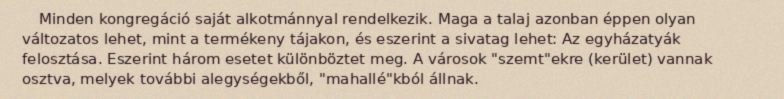
Minden kongregáció saját alkotmánnyal rendelkezik. Maga a talaj azonban éppen olyan változatos lehet, mint a termékeny tájakon, és eszerint a sivatag lehet: Az egyházatyák felosztása. Eszerint három esetet különböztet meg. A városok "szemt"ekre (kerület) vannak osztva, melyek további alegységekből, "mahallé"kból állnak.